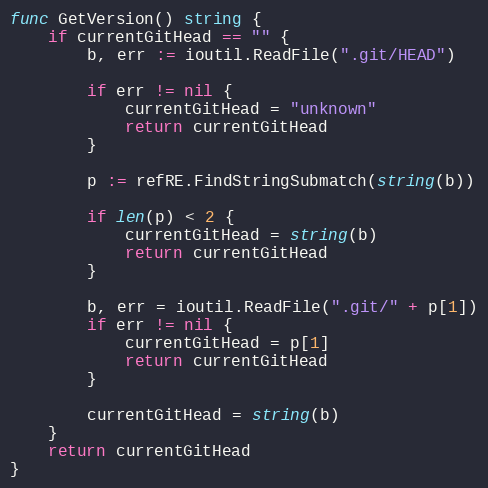
Language: Go
func GetVersion() string {
	if currentGitHead == "" {
		b, err := ioutil.ReadFile(".git/HEAD")

		if err != nil {
			currentGitHead = "unknown"
			return currentGitHead
		}

		p := refRE.FindStringSubmatch(string(b))

		if len(p) < 2 {
			currentGitHead = string(b)
			return currentGitHead
		}

		b, err = ioutil.ReadFile(".git/" + p[1])
		if err != nil {
			currentGitHead = p[1]
			return currentGitHead
		}

		currentGitHead = string(b)
	}
	return currentGitHead
}